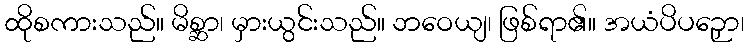
ထိုစကားသည်။ မိစ္ဆာ၊ မှားယွင်းသည်။ ဘဝေယျ၊ ဖြစ်ရာ၏။ အယံပိပဉှော၊